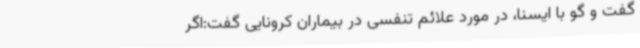
گفت و گو با ایسنا، در مورد علائم تنفسی در بیماران کرونایی گفت:اگر